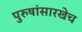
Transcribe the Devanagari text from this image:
पुरुषांसारखेच